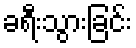
ခရီးသွားခြင်း